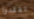
تفقدوا